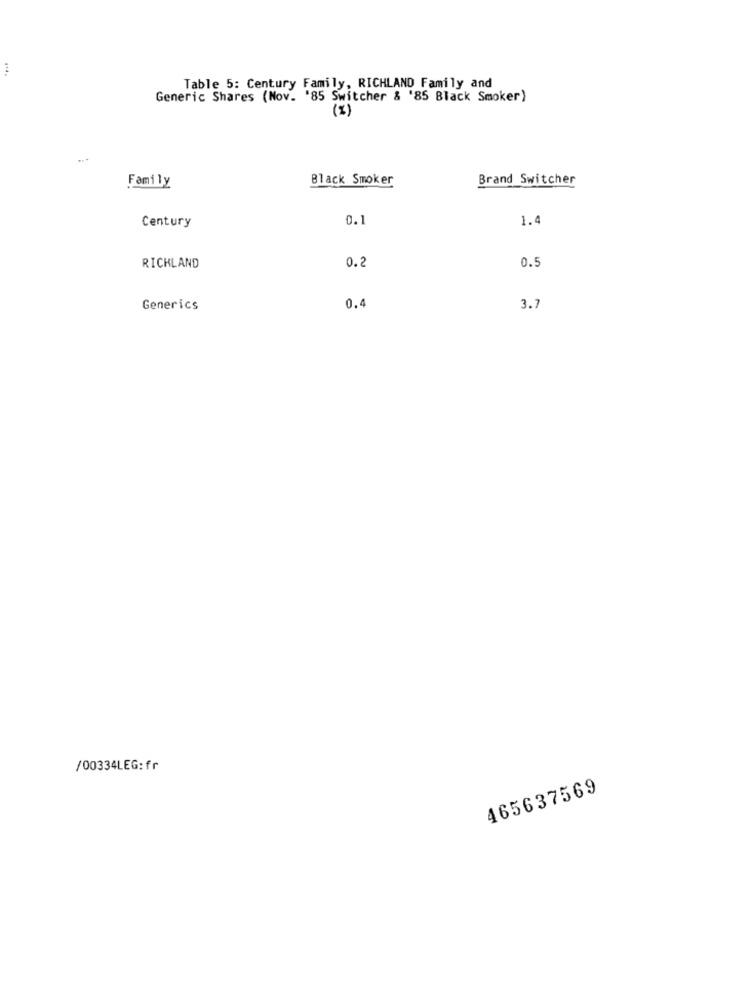
Table 5: Century Family, RICHLAND Family and
Generic Shares (Nov. '85 Switcher & '85 Black Smoker)
Family
Black Smoker
Brand Switcher
0.1
1.4
Century
RICHLAND
0.2
0.5
Generics
0.4
3.7
/00334LEG:fr
465637569